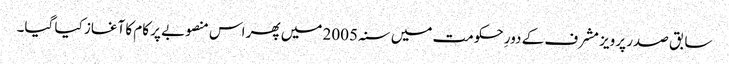
سابق صدر پرویز مشرف کے دورِ حکومت میں سنہ 2005 میں پھر اس منصوبے پر کام کا آغاز کیا گیا۔